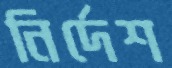
নির্দেশ